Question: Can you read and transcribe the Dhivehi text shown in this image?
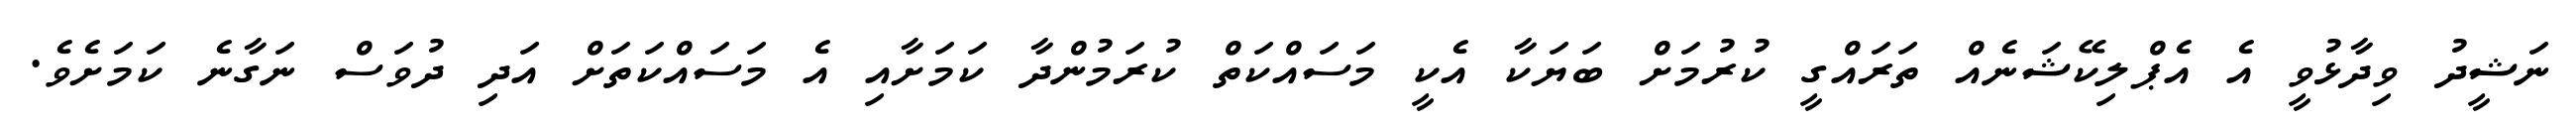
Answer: ނަޝީދު ވިދާޅުވީ އެ އެޕްލިކޭޝަނެއް ތަރައްގީ ކުރުމަށް ބަޔަކާ އެކީ މަސައްކަތް ކުރަމުންދާ ކަމަށާއި އެ މަސައްކަތަށް އަދި ދުވަސް ނަގާނެ ކަމަށެވެ.